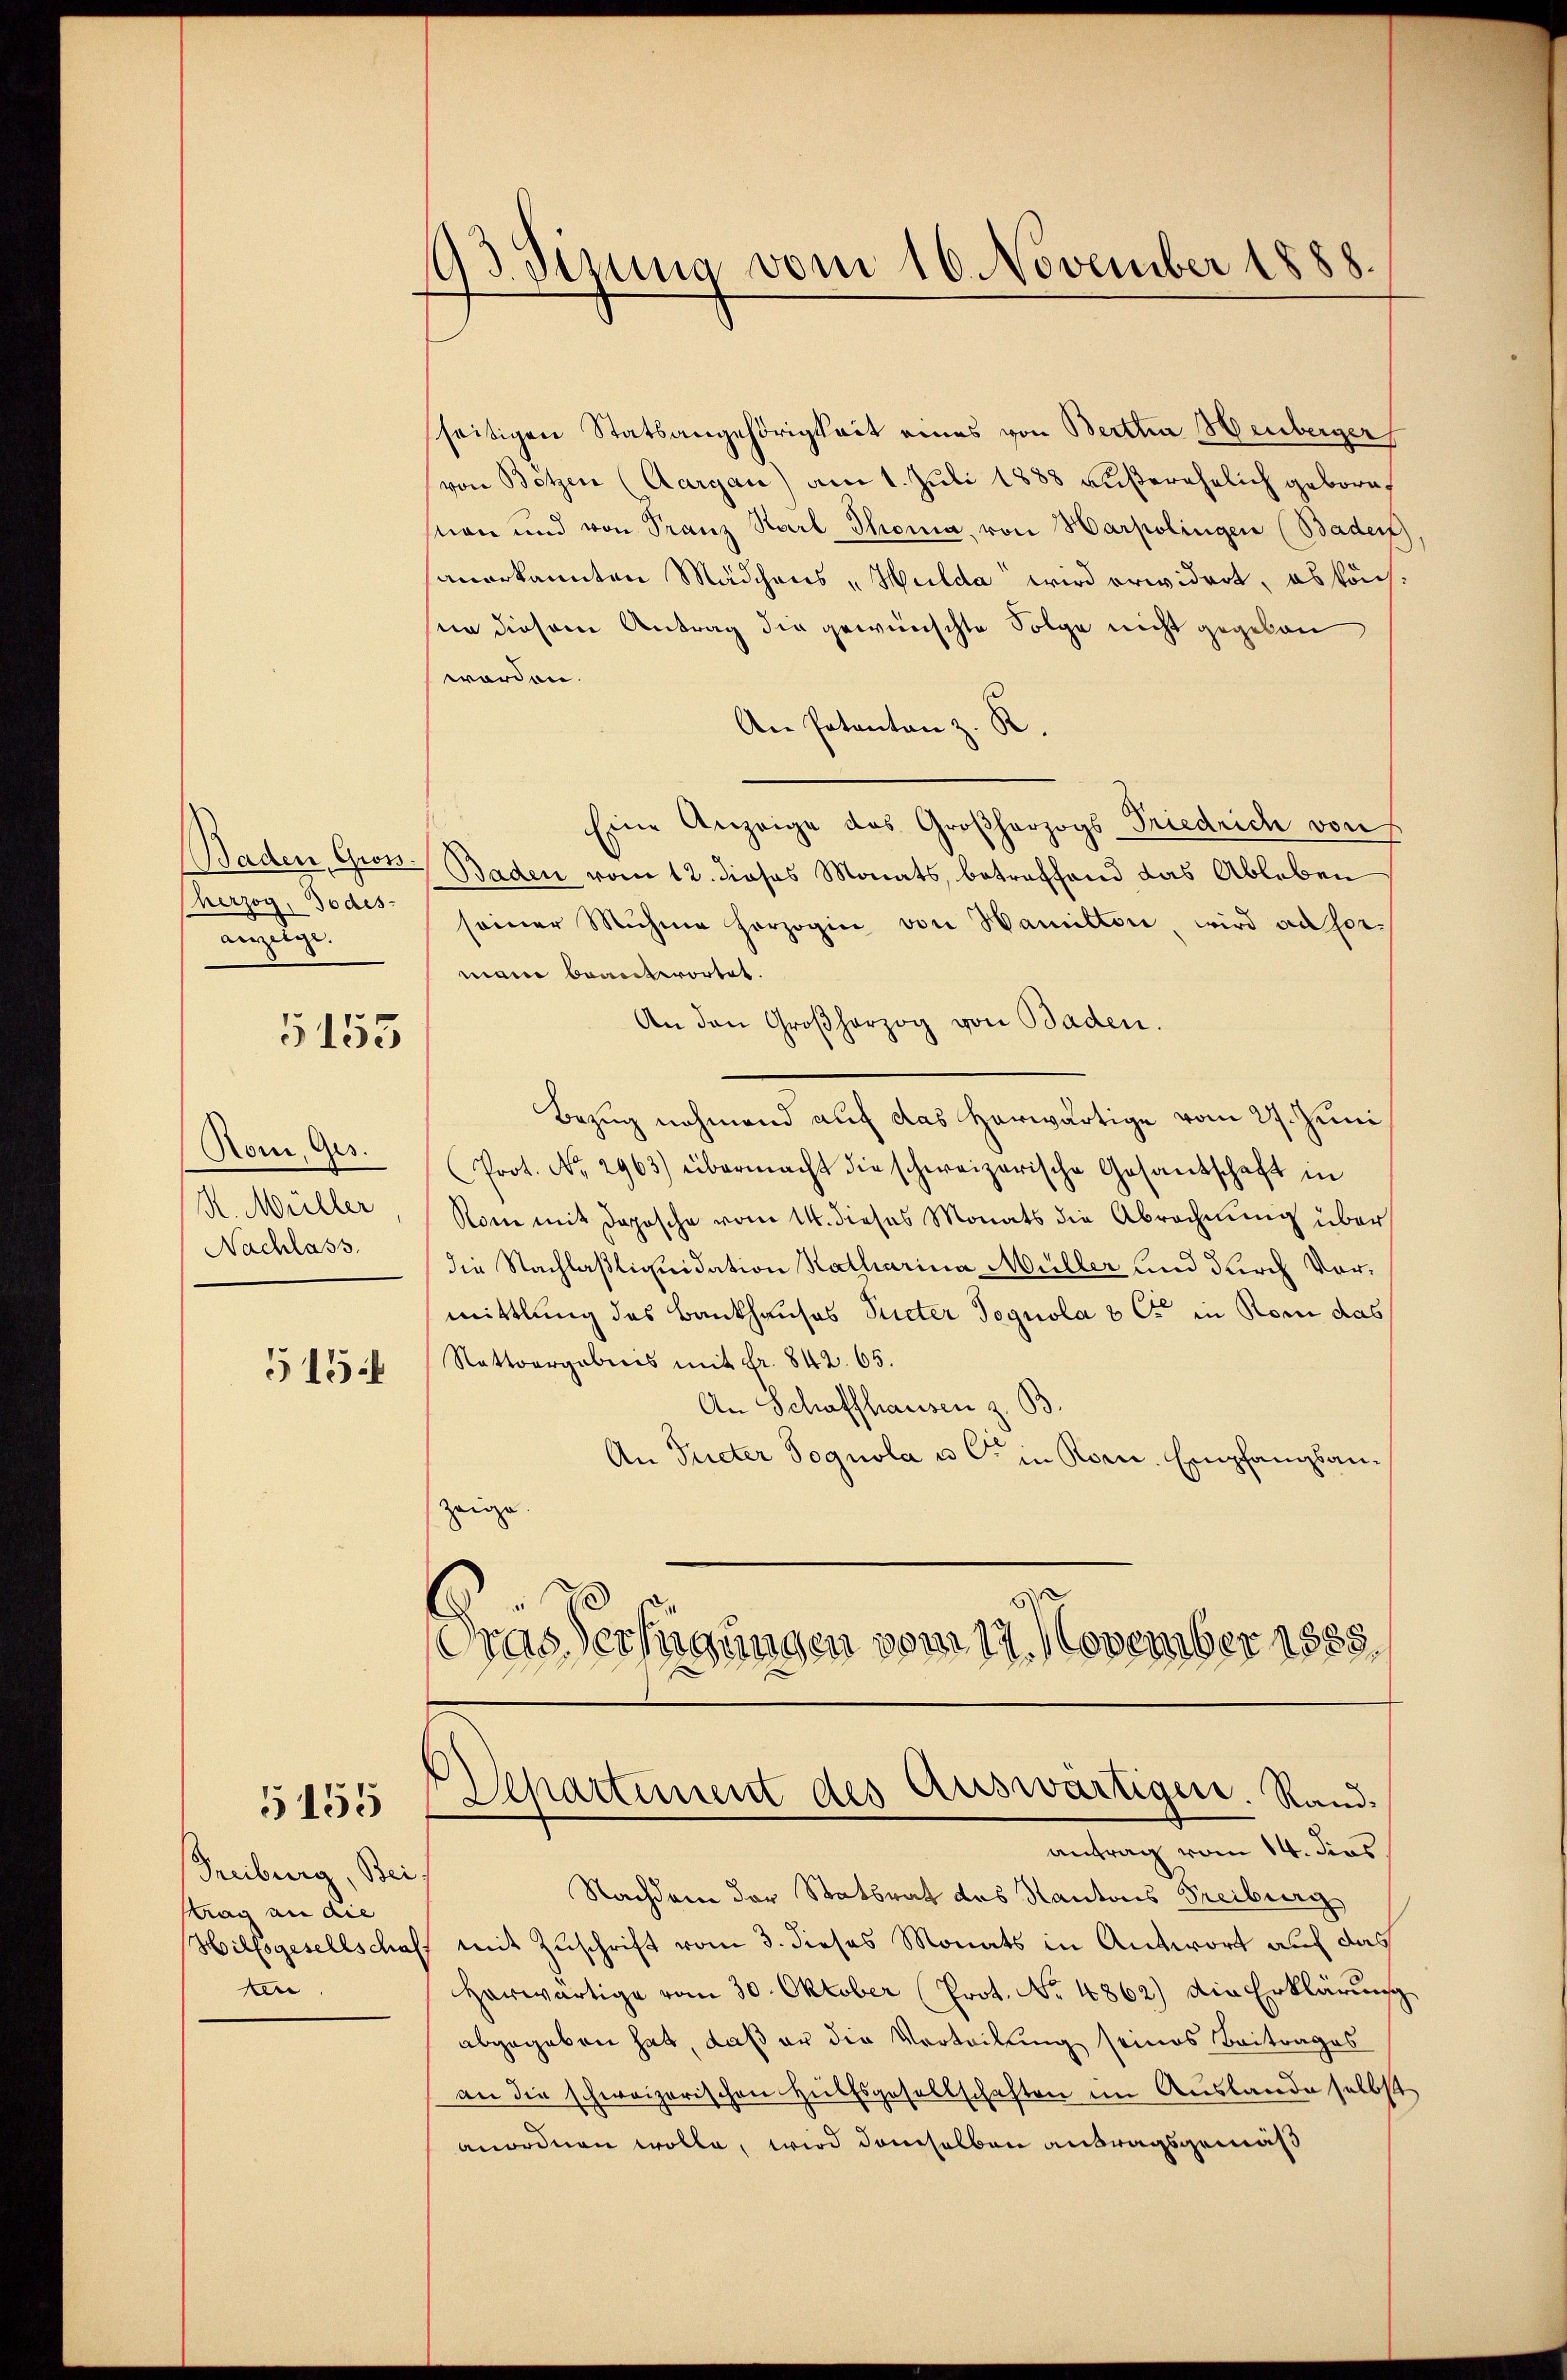
herzog, Todesanzeige.

5155

Rom, Ges.
R. Müller
Nachlass.

515.

5155

Treiburg, Bei¬
Mag an die
Hilfsgesellschaf
n

93. Sisung vom 16. November 1888.

Departement des Auswärtiger. Rand¬

seitigen Statsangehörigkeit eines von Bertha Henberger
von Botzen (Aargau) am 1. Juli 1888 außerehelich geboreston und von Franz Karl Thoma, von Harpolingen (Baden,
sanerkannten Mädchens Hulda wird erwidert, es könsin diesem Antrag die gewünschte Folge nicht gegeben
worden.
An Patanton z. K
Eine Anzeige das Großherzogs-Friedrich von
Baden, Gross. Baden vom 12. dieses Monats, betreffend das Ableben
seiner Mühe herzogin von Hamilton, wird au sormanne beantwortet.
An den Großherzog von Baden.
Bezug nehmend auf das herwärtige vom 27. Juni
Prot. No. 2963) übermacht die schweizerische Gesandschaft in
Rom mit doposche vom 14. dieses Monats die Abrechnung über
die Nachlaßliquidation Katharina Müller und durch Vormittlung des Bankhauses Peter Tognola & C in Rom das
Rattoargebnis mit Fr. 842. 65.
An Schaffhausen z. B
An Tueter Pognola u C. in Rorn. Empfangsanzeige
ras erfügungen vom 14. November 1885.

antrag vom 14. dies
Nachdem der Statsrat des Kantons Freiburg
 mit Zuschrift vom 3. dieses Monats in Antwort auf das
Herwärtige vom 30. Oktober (Prot. No. 4862) Die Erklärung
abgegeben hat, daß er die Verteilung seines Beitrages
an die schweizerischen Hülfsgesellschaften im Auslande selbst
anordnen wolle, wird demselben antragsgemäß